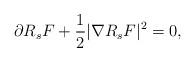
LaTeX: \begin{align*} \partial R_s F + \frac 12 \vert \nabla R_s F \vert^2 = 0, \end{align*}